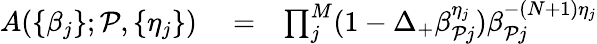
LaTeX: \begin{array}{rlr}{A(\{ \beta_{j}\} ;\mathcal{P},\{ \eta_{j}\} )}&{{}=}&{\prod_{j}^{M}(1-\Delta_{+}\beta_{\mathcal{P}j}^{\eta_{j}})\beta_{\mathcal{P}j}^{-(N+1)\eta_{j}}}\end{array}